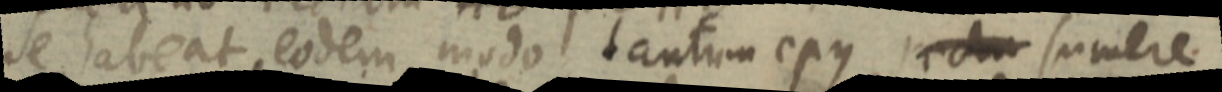
se habeat, eodem modo tantum ejus recta sumere